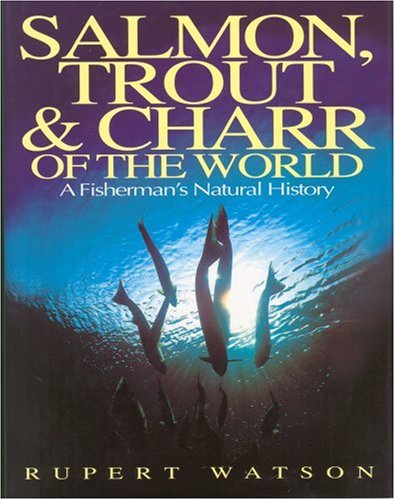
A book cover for Salmon, Trout and Charr of the World; Rupert Watson; Sports & Outdoors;